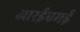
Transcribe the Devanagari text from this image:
आरईएमई